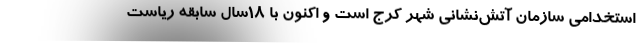
استخدامی سازمان آتش‌نشانی شهر کرج است و اکنون با 18سال سابقه ریاست